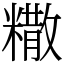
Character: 糤